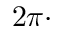
2 \pi \cdot